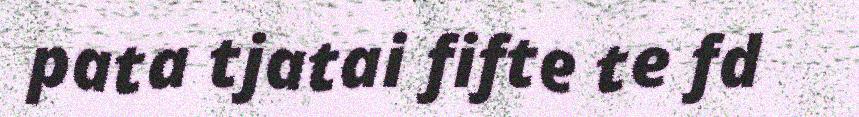
pata tjatai fifte te fd